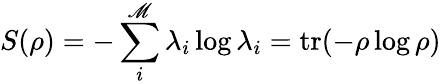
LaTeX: S(\rho)=-\sum_{i}^{\mathscr{M}}\lambda_{i}\log\lambda_{i}=\operatorname{tr}(-\rho\log\rho)